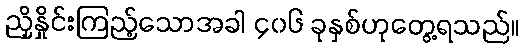
ညှိနှိုင်းကြည့်သောအခါ ၄၀၆ ခုနှစ်ဟုတွေ့ရသည်။